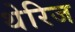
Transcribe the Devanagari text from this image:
थेरिज